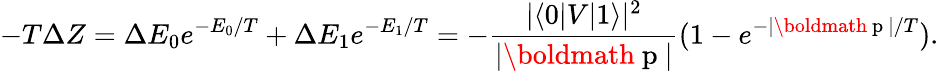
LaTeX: -T\Delta Z=\Delta E_{0}e^{-E_{0}/T}+\Delta E_{1}e^{-E_{1}/T}=-{\frac{|\langle 0|V|1\rangle|^{2}}{|\mathrm{\boldmath~p~}|}}(1-e^{-|\mathrm{\boldmath~p~}|/T}).